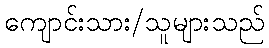
ကျောင်းသား/သူများသည်